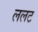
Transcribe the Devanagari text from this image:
ललट